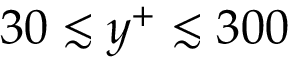
3 0 \lesssim y ^ { + } \lesssim 3 0 0